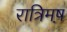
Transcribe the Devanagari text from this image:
रात्रिमष़